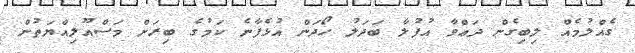
ގެއްލުމެއް ލިބިގެން ދަޢްވާ އުފުލާ ބަދަލު ހޯދަން އުޅެފާނެ ކަމުގެ ބިރަށް މަސްއޫލިއްޔަތުން